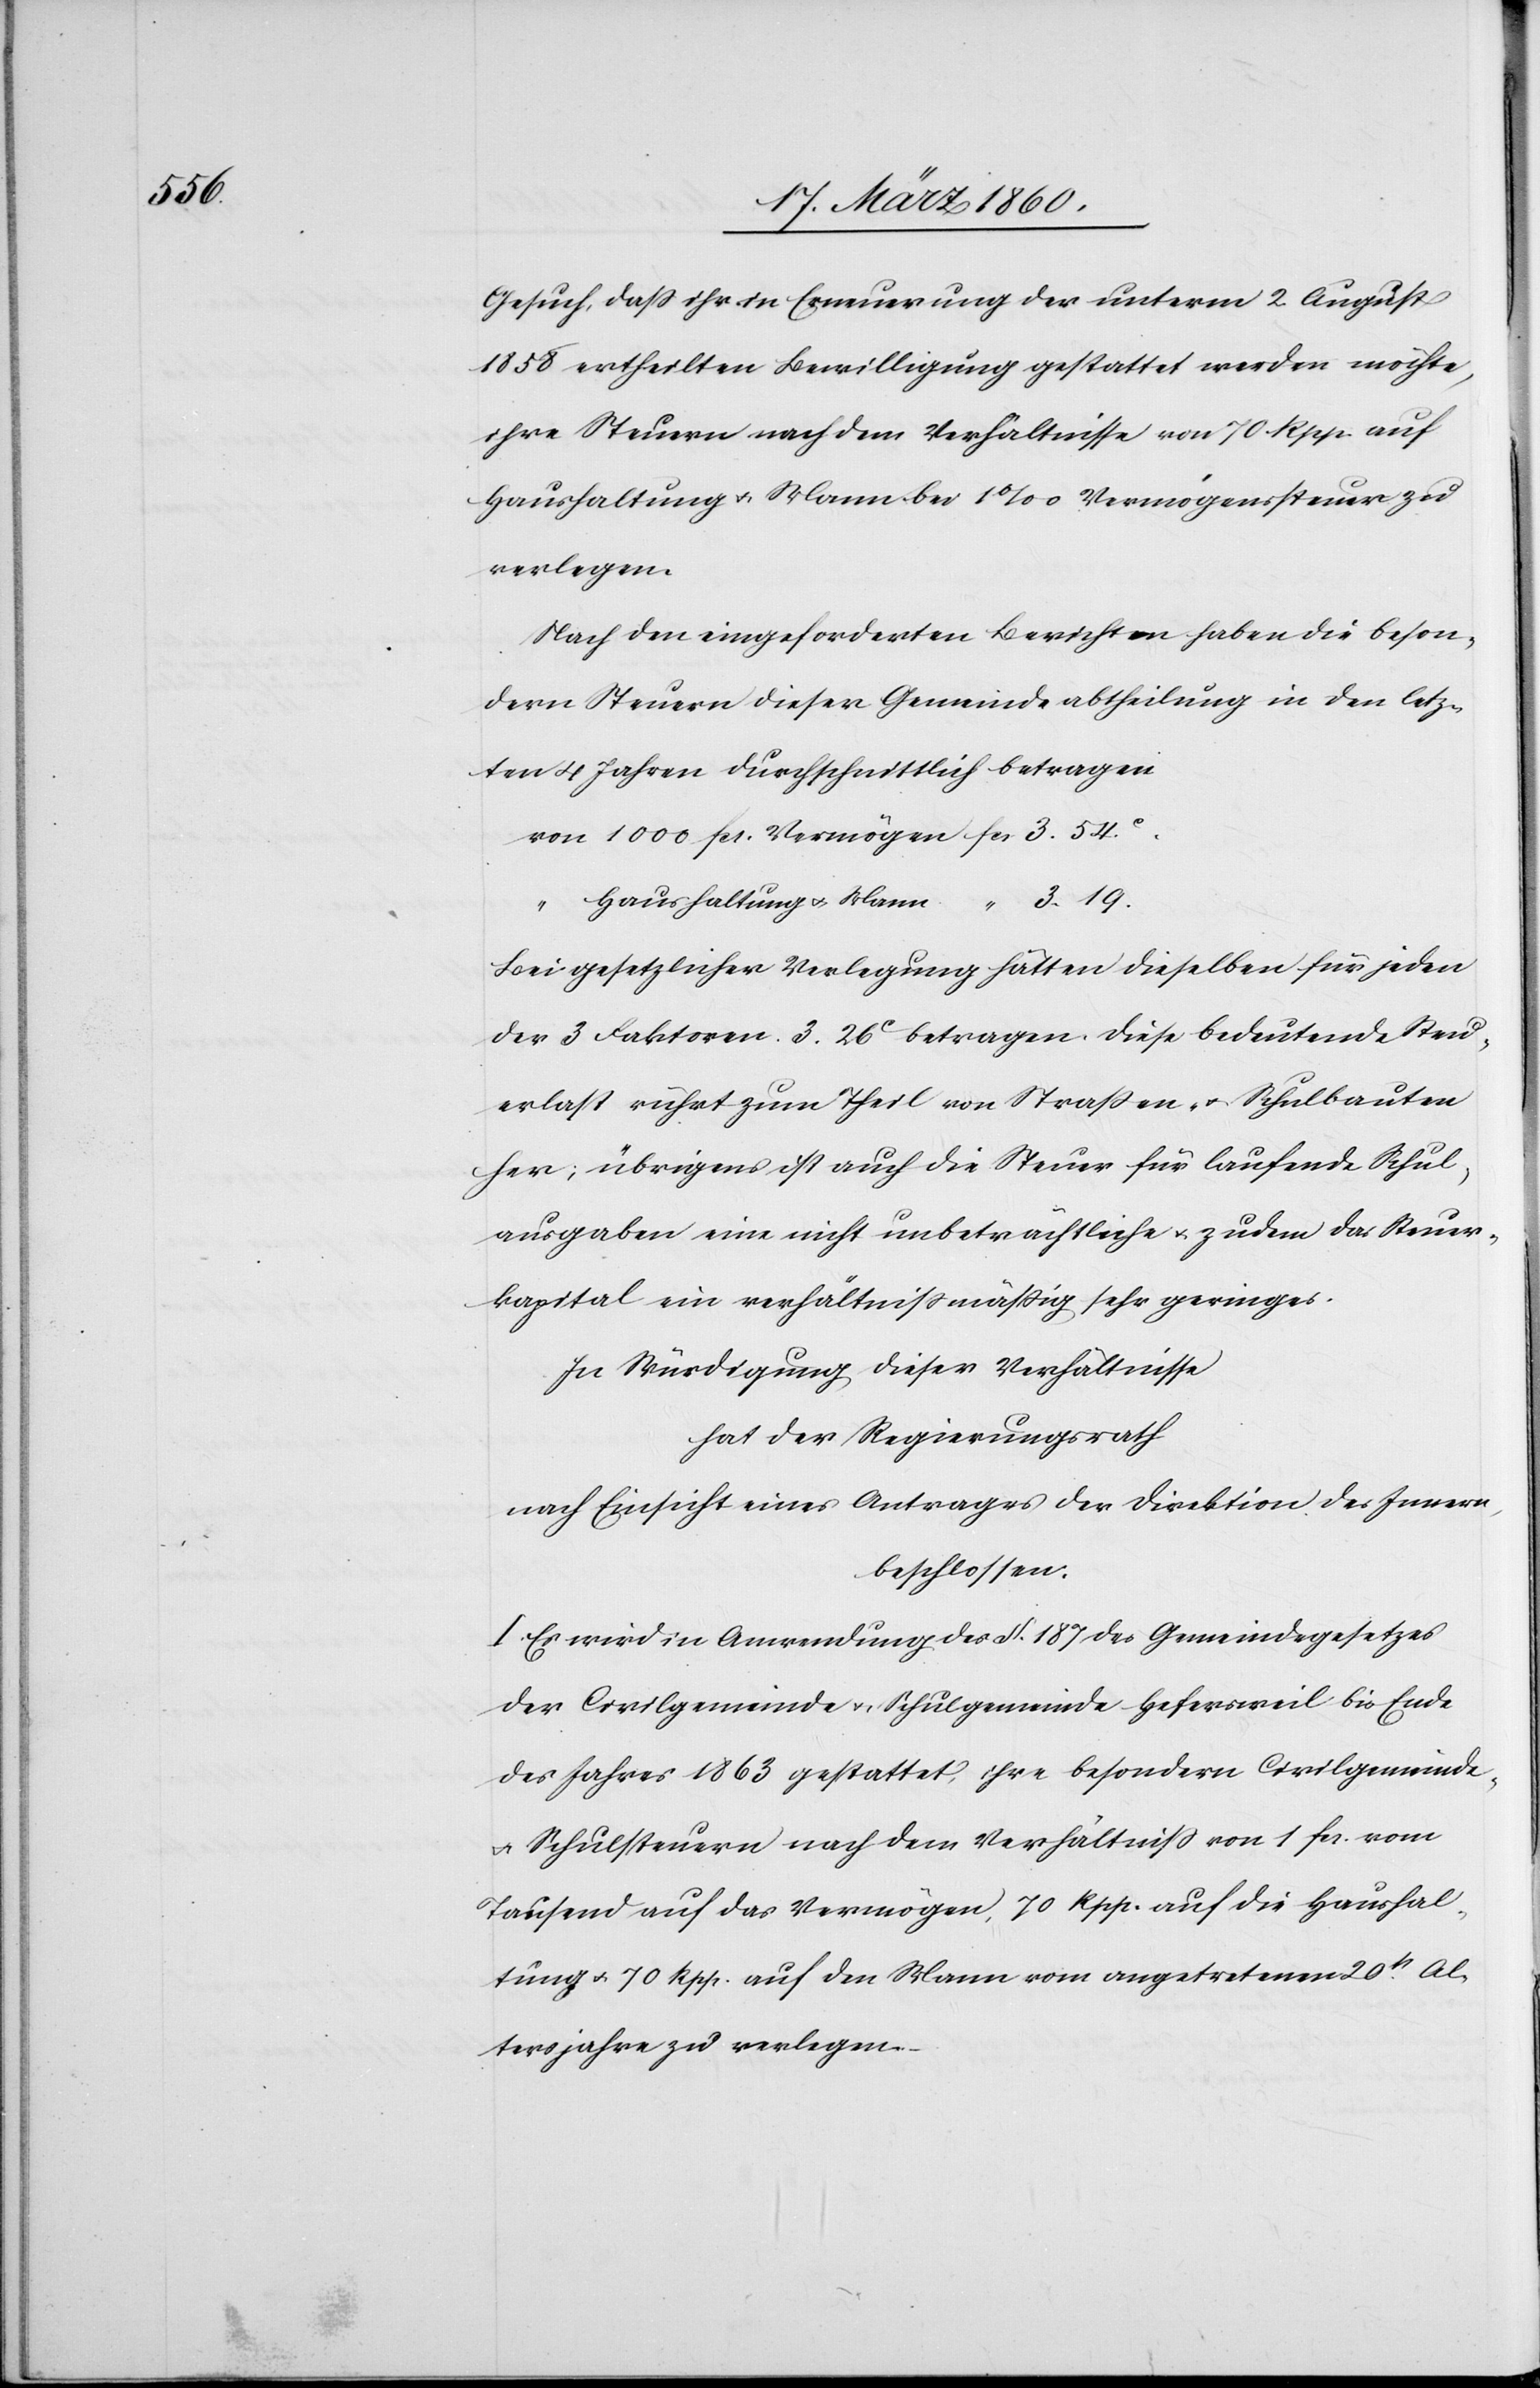
Gesuch, dass ihr in Erneuerung der unterm 2. August
1858 ertheilten Bewilligung gestattet werden möchte,
ihre Steuern nach dem Verhältnisse von 70. Rpp. auf
Haushaltung u. Mann bei 1‰ Vermögenssteuer zu
verlegen.
Nach den eingeforderten Berichten haben die beson¬
dern Steuern dieser Gemeindeabtheilung in den letz¬
ten 4 Jahren durchschnittlich betragen
3. 19.
Haushaltung u. Mann
3.
“
Bei gesetzlicher Verlegung hätten dieselben für jeden
der 3 Faktoren 3. 26C betragen. Diese bedeutende Steu¬
erlast rührt zum Theil von Strassen- u. Schulbauten
her; übrigens ist auch die Steuer für laufende Schul¬
ausgaben eine nicht unbeträchtliche u. zudem das Steuer¬
kapital ein verhältnissmässig sehr geringes.
In Würdigung dieser Verhältnisse
hat der Regierungsrath
nach Einsicht eines Antrages der Direktion des Innern
beschlossen:
I. Es wird in Anwendung des §. 187 des Gemeindegesetzes
der Civilgemeinde u. Schulgemeinde Hefersweil bis Ende
des Jahres 1863 gestattet, ihre besondern Civilgemeinde-
u. Schulsteuern nach dem Verhältniss von 1 fcs. vom
Tausend auf das Vermögen, 70 Rpp. auf die Haushal¬
tung u. 70 Rpp. auf den Mann vom angetretenen 20st Al¬
tersjahre zu verlegen.